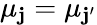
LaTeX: \mu_{\mathbf{j}}=\mu_{\mathbf{j}{'}}